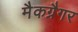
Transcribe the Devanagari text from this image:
मैकग्रैगर